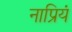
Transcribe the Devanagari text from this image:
नाप्रियं